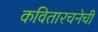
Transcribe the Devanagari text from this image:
कवितारचनेची